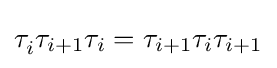
\tau _{i}^{}\tau _{i+1}\tau _{i}=\tau _{i+1}\tau _{i}\tau _{i+1}